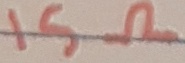
Text: 15Ω